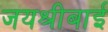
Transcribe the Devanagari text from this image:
जयश्रीबाई